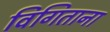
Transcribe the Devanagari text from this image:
विगिताना